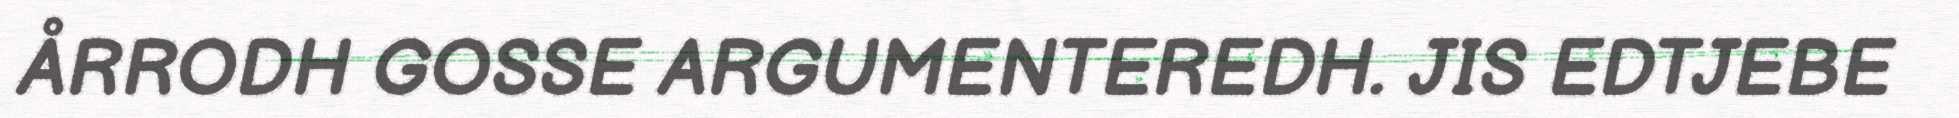
ÅRRODH GOSSE ARGUMENTEREDH. JIS EDTJEBE